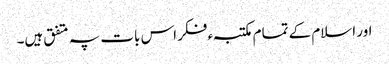
اور اسلام کے تمام مکتبہء فکر اس بات پہ متفق ہیں۔